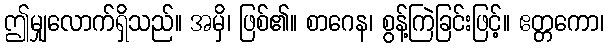
ဤမျှလောက်ရှိသည်။ အမှိ၊ ဖြစ်၏။ စာဂေန၊ စွန့်ကြဲခြင်းဖြင့်။ ဧတ္တကော၊